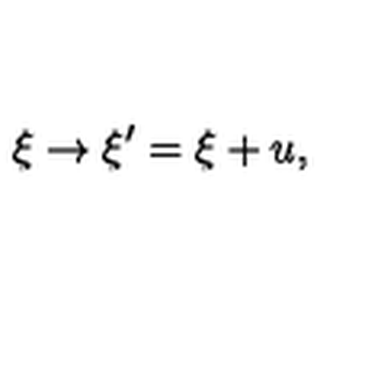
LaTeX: \xi \rightarrow \xi ^ { \prime } = \xi + u ,